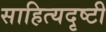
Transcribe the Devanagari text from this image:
साहित्यदृष्टी